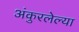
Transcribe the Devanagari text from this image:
अंकुरलेल्या